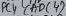
Text: ADC4